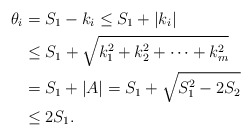
\begin{align*}\theta_i &= S_1 -k_i \leq S_1 + |k_i|\\&\leq S_1 + \sqrt{k_1^2 + k_2^2 + \cdots + k_m^2}\\&= S_1 + |A| = S_1 + \sqrt{S_1^2 - 2S_2}\\&\leq 2S_1.\end{align*}